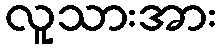
လူသားအား